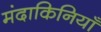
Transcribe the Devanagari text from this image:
मंदाकिनियाँ